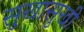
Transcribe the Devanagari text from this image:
सुखासुखी